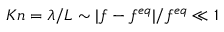
K n = \lambda / L \sim | f - f ^ { e q } | / f ^ { e q } \ll 1